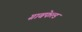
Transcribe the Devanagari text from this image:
ग्राबफेल्ड